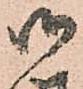
御